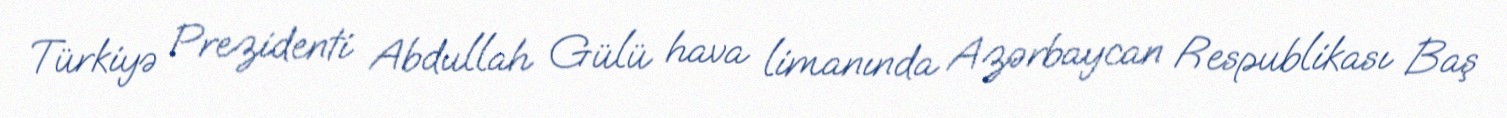
Türkiyə Prezidenti Abdullah Gülü hava limanında Azərbaycan Respublikası Baş